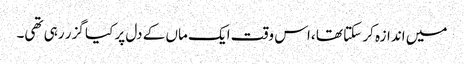
میں اندازہ کر سکتا تھا ،اس وقت ایک ماں کے دل پر کیا گزر رہی تھی۔